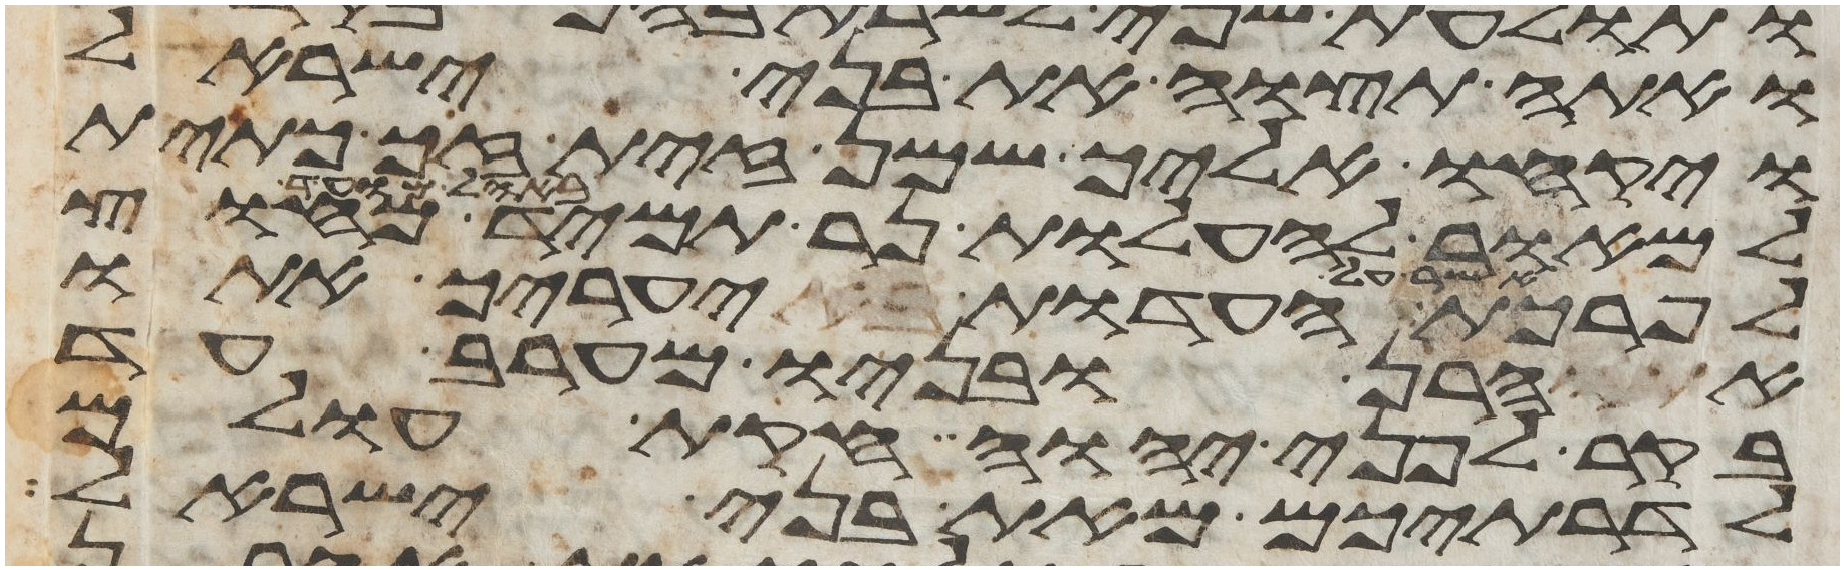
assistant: ואתה תצוה את בני ישראל
ויקחו אליך שמן זית זך כתית
למאור להעלות נר תמיד מחוץ
לפרכת העדות באהל מועד יערך אתו
אהרן ובניו מערב עד
בקר לפני יהוה חקות עולם
לדרתיכם מאת בני ישראל